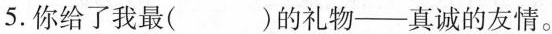
5.你给了我最( )的礼物--真诚的友情。